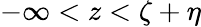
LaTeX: -\infty<z<\zeta+\eta